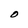
Character: O